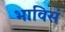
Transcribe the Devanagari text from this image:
भाविसं